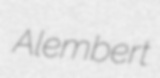
Alembert